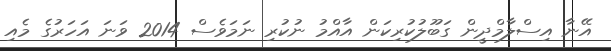
އޭނާ އިސްލާމްދީން ގަބޫލުކުރިކަން އާއްމު ނުކުރި ނަމަވެސް 2014 ވަނަ އަހަރުގެ މެއި